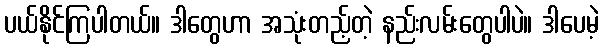
ပယ်နိုင်ကြပါတယ်။ ဒါတွေဟာ အသုံးတည့်တဲ့ နည်းလမ်းတွေပါပဲ။ ဒါပေမဲ့